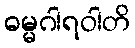
ဓမ္မဂါရဝါတိ